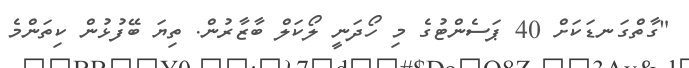
"ގާތްގަނޑަކަށް 40 ޕަސެންޓުގެ މި ހޯދަނީ ލޯކަލް ބާޒާރުން. ތިޔަ ބޭފުޅުން ކިތަންމެ